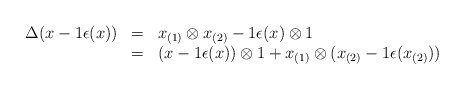
\begin{align*}\begin{array}{rcl}\Delta(x - 1 \epsilon(x)) &=& x_{(1)} \otimes x_{(2)} - 1 \epsilon(x)\otimes 1\\&=& (x - 1 \epsilon(x)) \otimes 1 + x_{(1)} \otimes (x_{(2)} - 1\epsilon(x_{(2)}))\end{array}\end{align*}